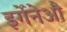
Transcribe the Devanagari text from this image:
इर्गेनेऔ